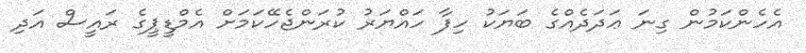
އެހެންކަމުން ގިނަ ޢަދަދެއްގެ ބަޔަކު ހިފާ ހައްޔަރު ކުރަންޖެހޭކަމަށް އެމްޑީޕީގެ ރައީސް އަދި